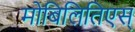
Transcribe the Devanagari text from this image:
मोबिलितिएस्